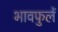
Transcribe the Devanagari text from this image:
भावफुलें